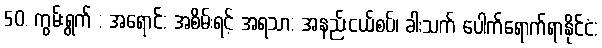
50. ကွမ်းရွက် : အရောင်: အစိမ်းရင့် အရသာ: အနည်းငယ်စပ်၊ ခါးသက် ပေါက်ရောက်ရာနိုင်ငံ: